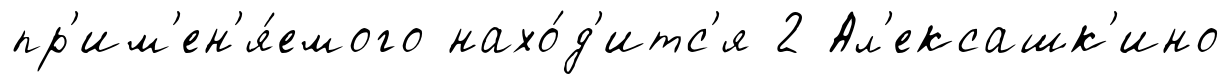
пр'им'ен'я́емого нахо́д'итс'я 2 Ал'ексашк'ино